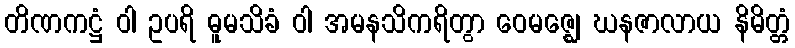
တိဏကဋ္ဌံ ဝါ ဥပရိ ဓူမသိခံ ဝါ အမနသိကရိတွာ ဝေမဇ္ဈေ ဃနဇာလာယ နိမိတ္တံ